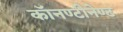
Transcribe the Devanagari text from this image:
काॅनण्टीनेण्ट